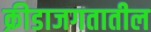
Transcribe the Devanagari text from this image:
क्रीडाजगतातील